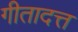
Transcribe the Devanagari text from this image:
गीतादत्त